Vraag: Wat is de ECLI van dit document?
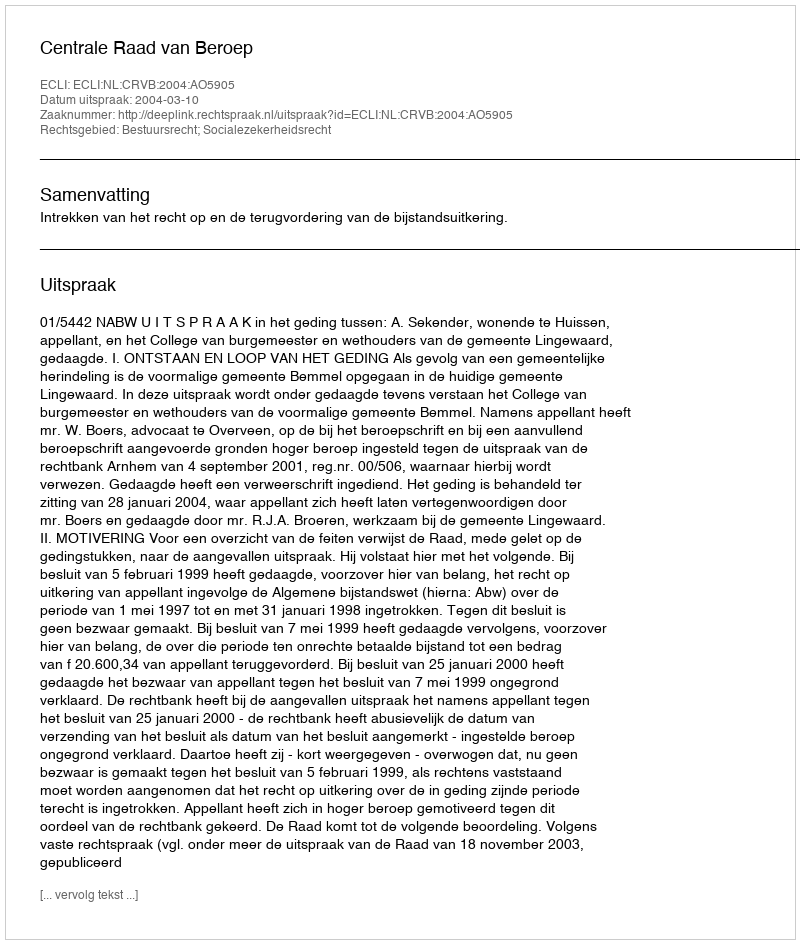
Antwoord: ECLI:NL:CRVB:2004:AO5905